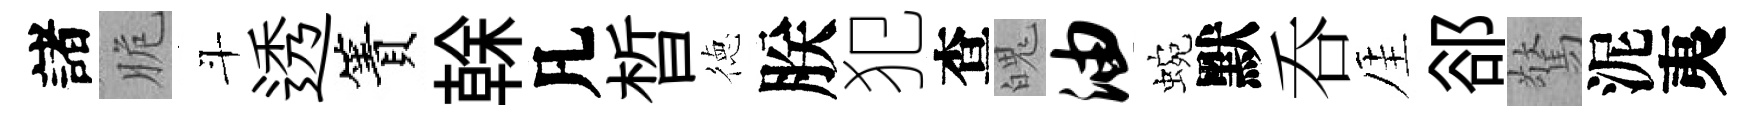
諸脆斗透簀𠏉凡晳徳朕犯查魄油蜿默呑厓郤驚泥夷